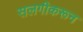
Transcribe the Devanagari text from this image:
सलगीकरून